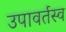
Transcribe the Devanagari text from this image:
उपावर्तस्व